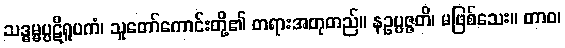
သဒ္ဓမ္မပ္ပဋိရူပကံ၊ သူတော်ကောင်းတို့၏ တရားအတုတည်။ နဥပ္ပဇ္ဇတိ၊ မဖြစ်သေး။ တာဝ၊